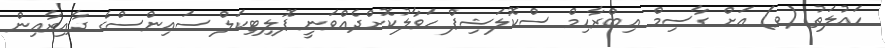
ހައުލަތު (ވ) އަށް ގާސިމް އިބްރާހިމް ސްކޮލަޝިޕް ހަވާލުކޮށްދެއްވަނީ ޕޮލިޓިކަލް ސައިންސްގެ ދާއިރާއިން